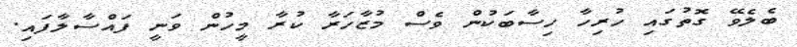
ބެލެވޭ ގޮތުގައި ހުރިހާ ހިސާބަކުން ވެސް މުޒާހަރާ ކުރާ މީހުން ވަނީ ފައްސާލާފައި.